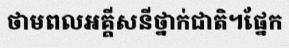
ថាមពលអគ្គីសនីថ្នាក់ជាតិ។ផ្នែក